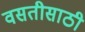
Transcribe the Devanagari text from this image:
वसतीसाठी